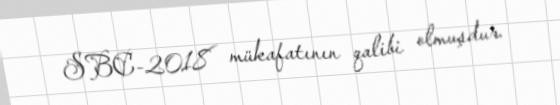
SBC-2018 mükafatının qalibi olmuşdur.